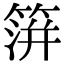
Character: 𥲂